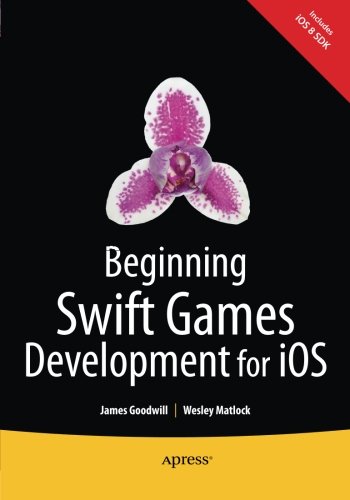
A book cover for Beginning Swift Games Development for iOS; James Goodwill; Computers & Technology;